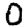
Digit: 0